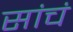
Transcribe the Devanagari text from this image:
सांचं